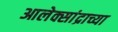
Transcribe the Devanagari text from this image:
आलेक्सांद्राच्या